Lunatic asylums Bombay report 1891-1903 - 1891-1903
Year: 1891
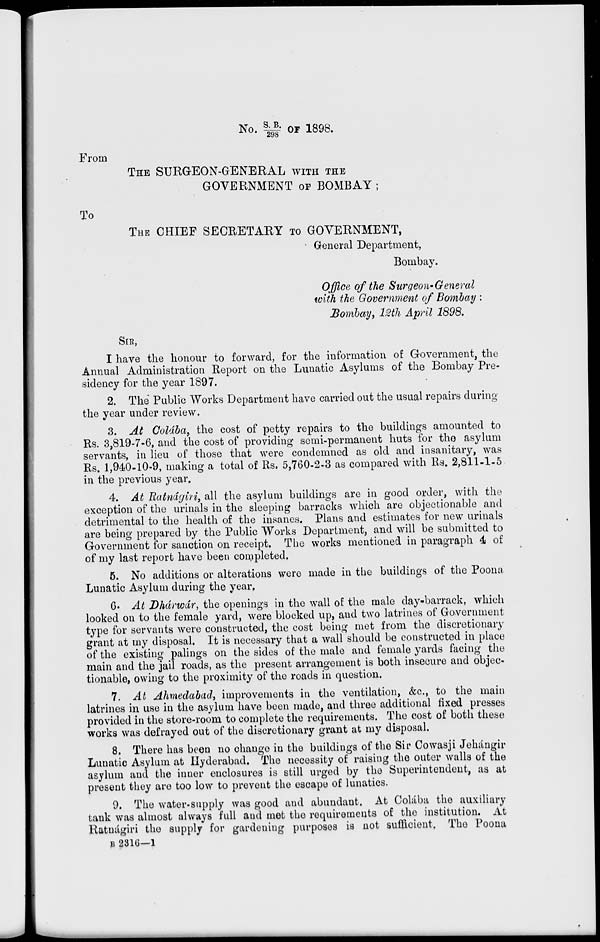
No. S.B./298 OF 1898.
From
THE SURGEON-GENERAL WITH THE
GOVERNMENT OF BOMBAY ;
To
THE CHIEF SECRETARY TO GOVERNMENT,
General Department,
Bombay.
Office of the Surgeon-General
with the Government of Bombay :
Bombay, 12th April 1898.
SIR,
I have the honour to forward, for the information of Government, the
Annual Administration Report on the Lunatic Asylums of the Bombay Pre-
sidency for the year 1897.
2. The Public Works Department have carried out the usual repairs during
the year under review.
3. At Colába, the cost of petty repairs to the buildings amounted to
Rs. 3,819-7-6, and the cost of providing semi-permanent huts for the asylum
servants, in lieu of those that were condemned as old and insanitary, was
Rs. 1,940-10-9, making a total of Rs. 5,760-2-3 as compared with Rs. 2,811-1-5
in the previous year.
4. At Ratnágiri, all the asylum buildings are in good order, with the
exception of the urinals in the sleeping barracks which are objectionable and
detrimental to the health of the insanes. Plans and estimates for new urinals
are being prepared by the Public Works Department, and will be submitted to
Government for sanction on receipt. The works mentioned in paragraph 4 of
of my last report have been completed.
5. No additions or alterations were made in the buildings of the Poona
Lunatic Asylum during the year.
6. At Dhárwár, the openings in the wall of the male day-barrack, which
looked on to the female yard, were blocked up, and two latrines of Government
type for servants were constructed, the cost being met from the discretionary
grant at my disposal. It is necessary that a wall should be constructed in place
of the existing palings on the sides of the male and female yards facing the
main and the jail roads, as the present arrangement is both insecure and objec-
tionable, owing to the proximity of the roads in question.
7. At Ahmedabad, improvements in the ventilation, &c., to the main
latrines in use in the asylum have been made, and three additional fixed presses
provided in the store-room to complete the requirements. The cost of both these
works was defrayed out of the discretionary grant at my disposal.
8. There has been no change in the buildings of the Sir Cowasji Jehángir
Lunatic Asylum at Hyderabad. The necessity of raising the outer walls of the
asylum and the inner enclosures is still urged by the Superintendent, as at
present they are too low to prevent the escape of lunatics.
9. The water-supply was good and abundant. At Colába the auxiliary
tank was almost always full and met the requirements of the institution. At
Ratnágiri the supply for gardening purposes is not sufficient. The Poona
B 2316—1